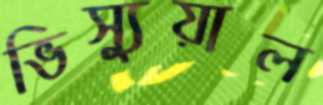
ভিস্যুয়াল